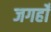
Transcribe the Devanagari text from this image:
जगहोँ